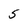
Character: 5